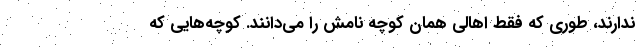
ندارند، طوری که فقط اهالی همان کوچه نامش را می‌دانند. کوچه‌هایی که